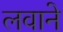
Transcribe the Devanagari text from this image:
लवाने